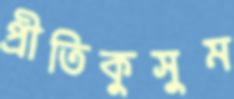
প্রীতিকুসুম